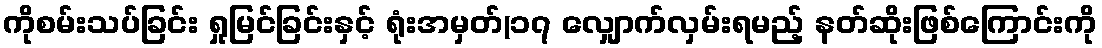
ကိုစမ်းသပ်ခြင်း ရှုမြင်ခြင်းနှင့် ရုံးအမှတ်(၁၇ လျှောက်လှမ်းရမည့် နတ်ဆိုးဖြစ်ကြောင်းကို